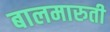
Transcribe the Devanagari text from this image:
बालमारुती